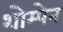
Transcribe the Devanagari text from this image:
शोम्पेन